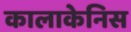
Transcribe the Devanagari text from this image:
कालाकेनिस